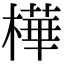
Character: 樺